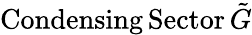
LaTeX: \mathrm{Condensing}\, \mathrm{Sector}\, \tilde{G}